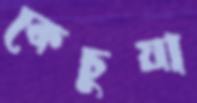
কেচুয়া